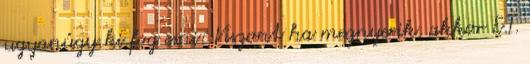
ugyanúgy ki fog esni: Viszont ha megnyerik, akkor E.T.